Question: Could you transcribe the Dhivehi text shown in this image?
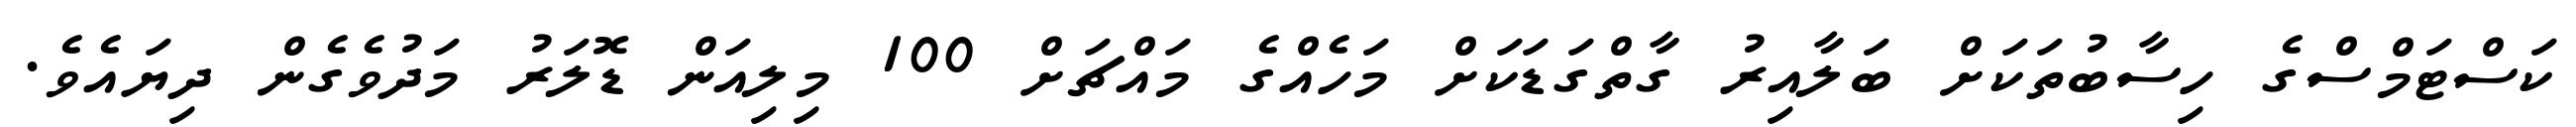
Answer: ކަސްޓަމްސްގެ ހިސާބުތަކަށް ބަލާއިރު ގާތްގަޑަކަށް މަހެއްގެ މައްޗަށް 100 މިލިއަން ޑޮލަރު މަދުވެގެން ދިޔައެވެ.